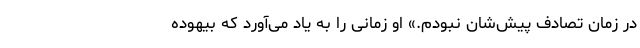
در زمان تصادف پیش‌شان نبودم.» او زمانی را به یاد می‌آورد که بیهوده